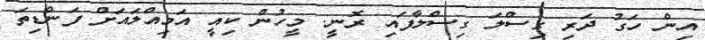
އިން ހަގު ދަރި ގިސްލަ ގިސްލާފައި ރޮނީ. މީހުން ކިއީ އަމިއްލައަށް ފަންޑިތަ